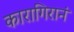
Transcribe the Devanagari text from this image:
कारागिरानं